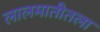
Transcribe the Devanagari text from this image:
लालमातीतला